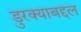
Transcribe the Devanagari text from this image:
डुरक्याबद्दल